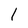
Character: 1